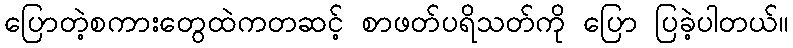
ပြောတဲ့စကားတွေထဲကတဆင့် စာဖတ်ပရိသတ်ကို ပြော ပြခဲ့ပါတယ်။